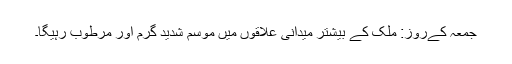
جمعہ کےروز: ملک کے بیشتر میدانی علاقوں میں موسم شدید گرم اور مرطوب رہیگا۔